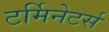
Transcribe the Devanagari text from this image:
टर्मिनेटर्स